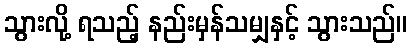
သွားလို့ ရသည့် နည်းမှန်သမျှနှင့် သွားသည်။